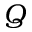
Q